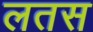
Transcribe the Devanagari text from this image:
लतस